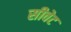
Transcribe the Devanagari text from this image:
सीवेट